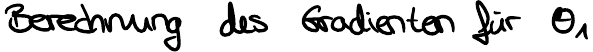
Berechnung des Gradienten für 01